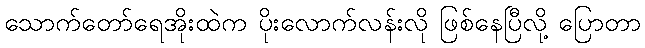
သောက်တော်ရေအိုးထဲက ပိုးလောက်လန်းလို ဖြစ်နေပြီလို့ ပြောတာ